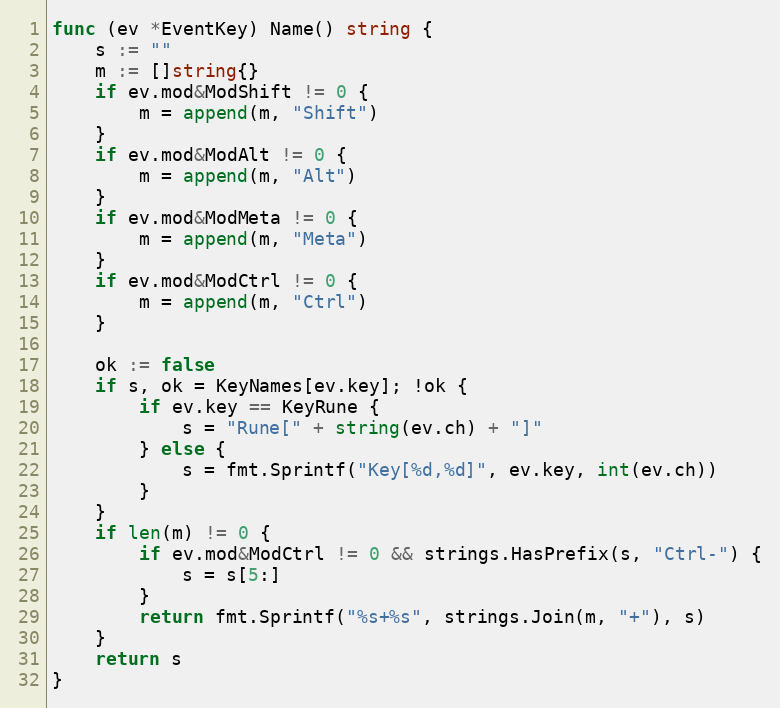
Language: Go
func (ev *EventKey) Name() string {
	s := ""
	m := []string{}
	if ev.mod&ModShift != 0 {
		m = append(m, "Shift")
	}
	if ev.mod&ModAlt != 0 {
		m = append(m, "Alt")
	}
	if ev.mod&ModMeta != 0 {
		m = append(m, "Meta")
	}
	if ev.mod&ModCtrl != 0 {
		m = append(m, "Ctrl")
	}

	ok := false
	if s, ok = KeyNames[ev.key]; !ok {
		if ev.key == KeyRune {
			s = "Rune[" + string(ev.ch) + "]"
		} else {
			s = fmt.Sprintf("Key[%d,%d]", ev.key, int(ev.ch))
		}
	}
	if len(m) != 0 {
		if ev.mod&ModCtrl != 0 && strings.HasPrefix(s, "Ctrl-") {
			s = s[5:]
		}
		return fmt.Sprintf("%s+%s", strings.Join(m, "+"), s)
	}
	return s
}